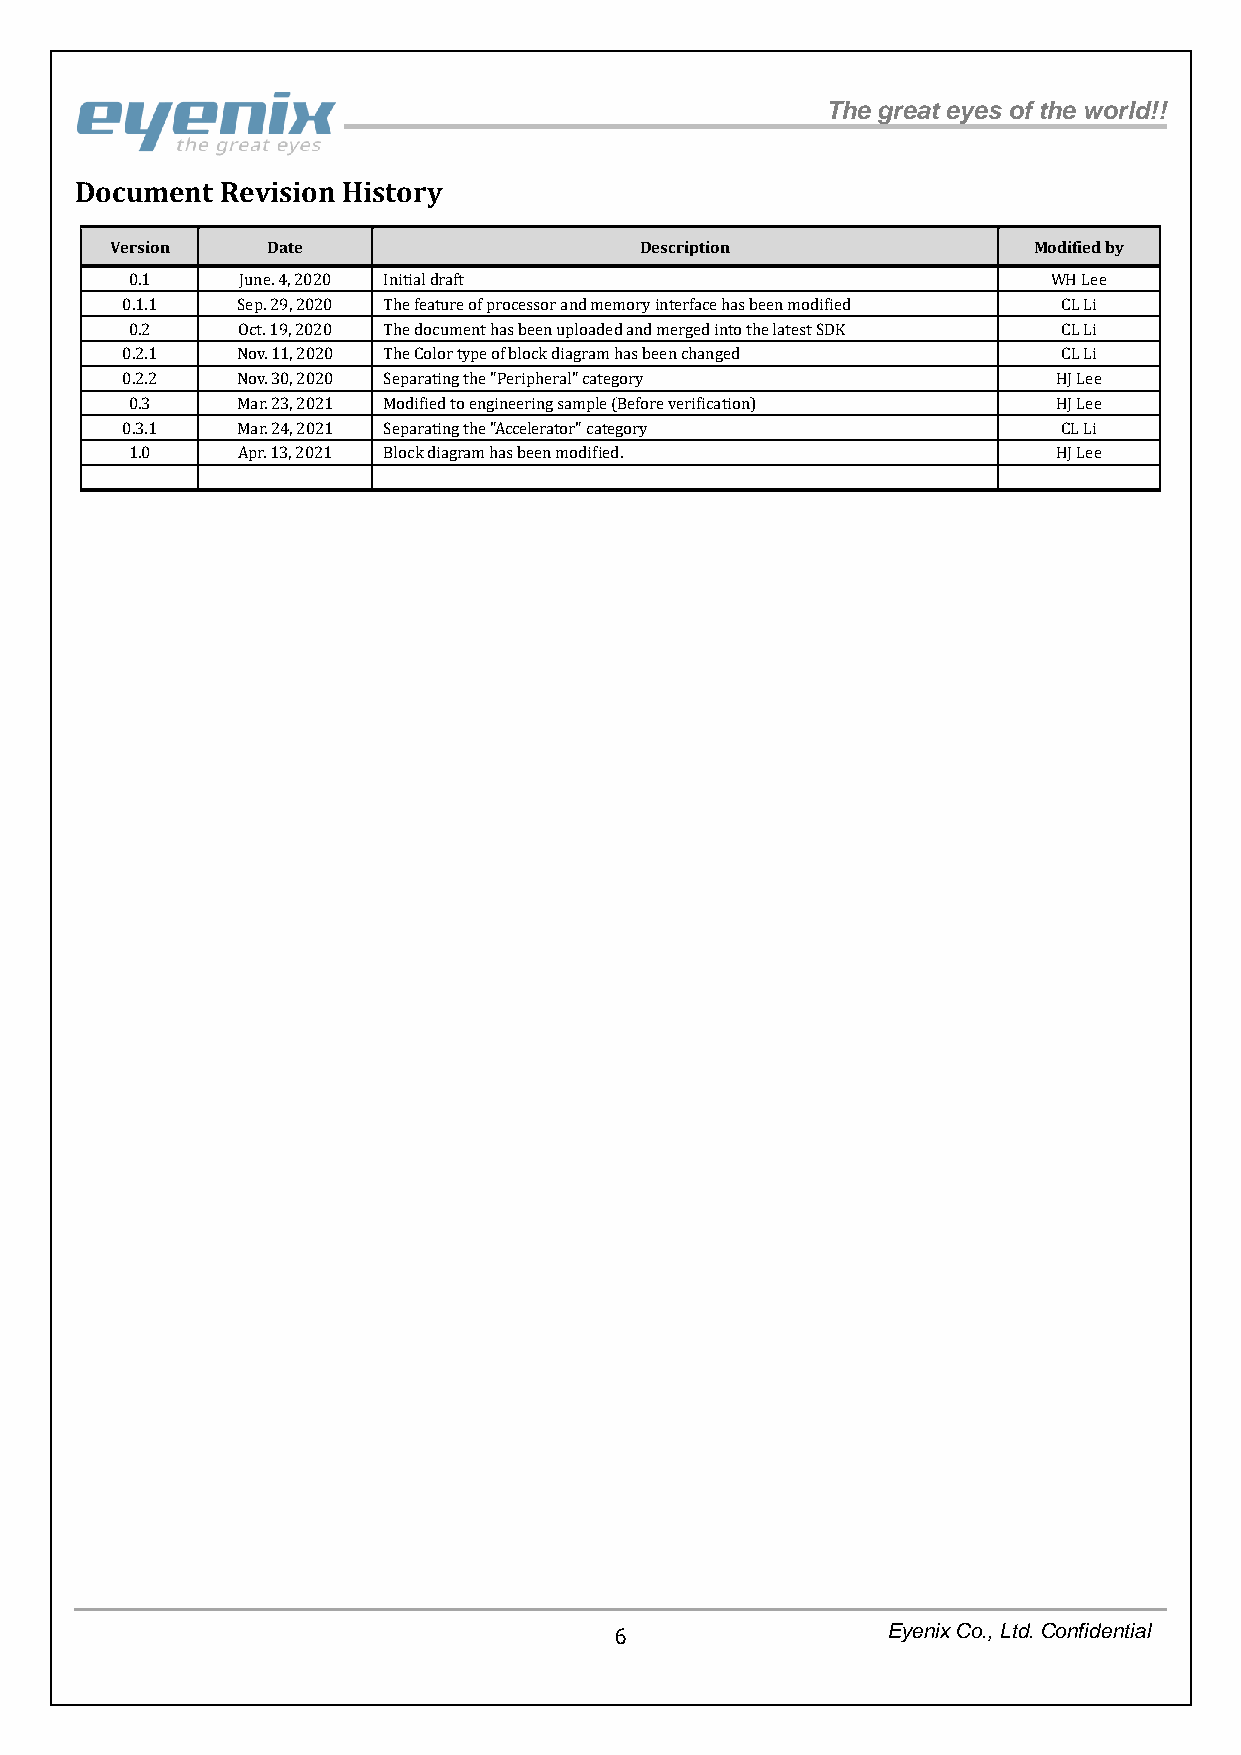
The great eyes of the world!!
 Document  Revision History
 Version    Date                    Description               Modified by
 0.1    June. 4, 2020 Initial draft                           WH Lee
 0.1.1   Sep. 29, 2020 The feature of processor and memory interface has been modified CL Li
 0.2    Oct. 19, 2020 The document has been uploaded and merged into the latest SDK CL Li
 0.2.1   Nov. 11, 2020 The Color type of block diagram has been changed CL Li
 0.2.2   Nov. 30, 2020 Separating the "Peripheral" category    HJ Lee
 0.3    Mar. 23, 2021 Modified to engineering sample (Before verification) HJ Lee
 0.3.1   Mar. 24, 2021 Separating the "Accelerator" category   CL Li
 1.0    Apr. 13, 2021 Block diagram has been modified.        HJ Lee
 6                 Eyenix Co., Ltd. Confidential